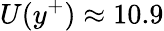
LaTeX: U(y^{+})\approx 10.9